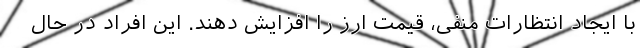
با ایجاد انتظارات منفی، قیمت ارز را افزایش دهند. این افراد در حال